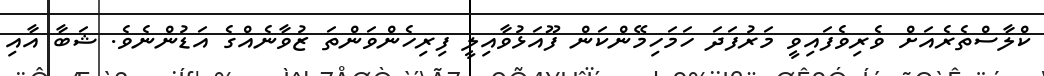
ކްލާސްތެރެއަށް ވެރިވެފައިވީ މަރުފަދަ ހަމަހިމޭންކަން ފޫއަޅުވާއިލީ ފިރިހެންވަންތަ ޒުވާނެއްގެ އަޑުންނެވެ. ޝަބާ އާއި